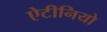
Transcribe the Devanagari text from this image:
ऐटीनियो